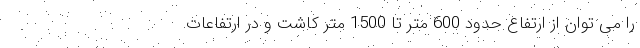
را می توان از ارتفاع حدود 600 متر تا 1500 متر کاشت و در ارتفاعات